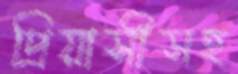
প্রিয়াসীসহ